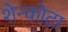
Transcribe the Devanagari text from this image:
शेन्कोटा